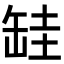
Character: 𦈰